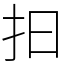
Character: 抇